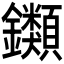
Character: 𨰥